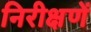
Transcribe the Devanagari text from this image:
निरीक्षणें